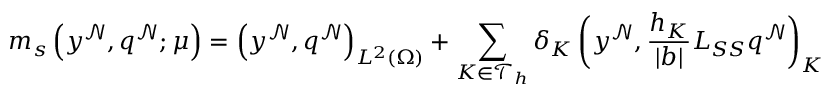
m _ { s } \left( y ^ { \mathcal { N } } , q ^ { \mathcal { N } } ; \boldsymbol { \mu } \right) = \left( y ^ { \mathcal { N } } , q ^ { \mathcal { N } } \right) _ { L ^ { 2 } ( \Omega ) } + \sum _ { K \in \mathcal { T } _ { h } } \delta _ { K } \left( y ^ { \mathcal { N } } , \frac { h _ { K } } { | \boldsymbol { b } | } L _ { S S } q ^ { \mathcal { N } } \right) _ { K }